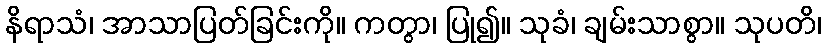
နိရာသံ၊ အာသာပြတ်ခြင်းကို။ ကတွာ၊ ပြု၍။ သုခံ၊ ချမ်းသာစွာ။ သုပတိ၊